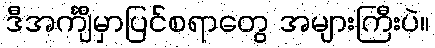
ဒီအင်္ကျီမှာပြင်စရာတွေ အများကြီးပဲ။